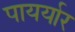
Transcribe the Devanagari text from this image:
पायर्यार